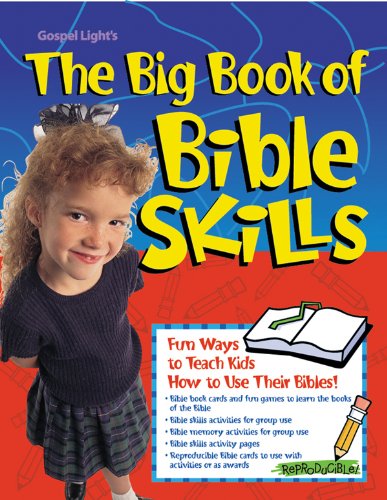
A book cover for Big Book of Bible Skills: Ages 8EE12; reproducible, B/W, group activities, games, puzzles, activities that help kids learn to use their Bibles, learn Bible books, more (Big Books); Gospel Light; Christian Books & Bibles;